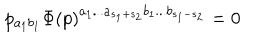
p _ { a _ { 1 } b _ { 1 } } \Phi \left( p \right) ^ { a _ { 1 } . . . a _ { s _ { 1 } + s _ { 2 } } b _ { 1 } . . . b _ { s _ { 1 } - s _ { 2 } } } = 0